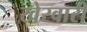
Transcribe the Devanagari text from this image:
खेरवारी